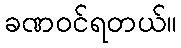
ခဏဝင်ရတယ်။